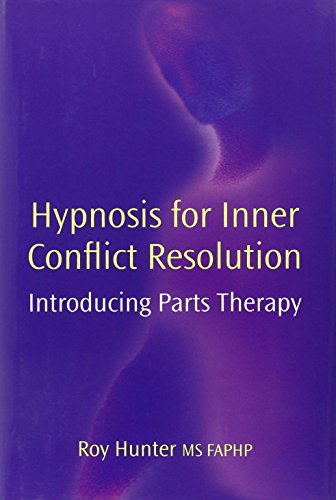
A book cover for Hypnosis for Inner Conflict Resolution: Introducing Parts Therapy; Roy Hunter; Self-Help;